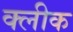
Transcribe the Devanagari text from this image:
क्लीक